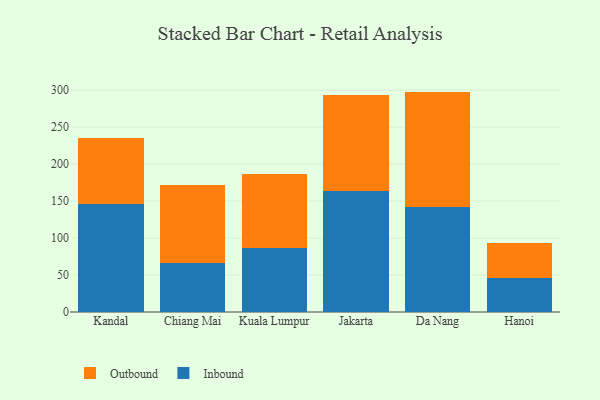
{"axis": {"x": "City", "y": "Population (Million)"}, "legend": ["Inbound", "Outbound"], "data": [{"x": "Kandal", "y": 146.4, "type": "Inbound"}, {"x": "Kandal", "y": 89.1, "type": "Outbound"}, {"x": "Chiang Mai", "y": 66.6, "type": "Inbound"}, {"x": "Chiang Mai", "y": 105.6, "type": "Outbound"}, {"x": "Kuala Lumpur", "y": 86.0, "type": "Inbound"}, {"x": "Kuala Lumpur", "y": 100.1, "type": "Outbound"}, {"x": "Jakarta", "y": 163.6, "type": "Inbound"}, {"x": "Jakarta", "y": 129.2, "type": "Outbound"}, {"x": "Da Nang", "y": 141.7, "type": "Inbound"}, {"x": "Da Nang", "y": 156.3, "type": "Outbound"}, {"x": "Hanoi", "y": 45.8, "type": "Inbound"}, {"x": "Hanoi", "y": 47.4, "type": "Outbound"}]}